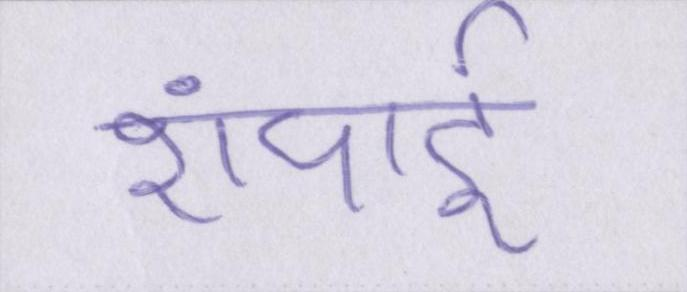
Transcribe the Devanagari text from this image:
शंघाई